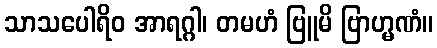
သာသပေါရိဝ အာရဂ္ဂါ၊ တမဟံ ဗြူမိ ဗြာဟ္မဏံ။